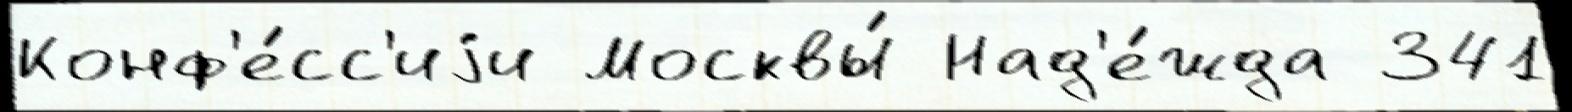
Конф'е́сс'иjи Москвы́ Над'е́жда 341